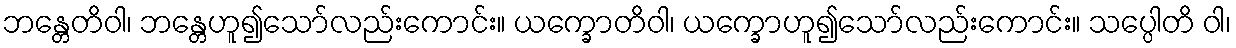
ဘန္တေတိဝါ၊ ဘန္တေဟူ၍သော်လည်းကောင်း။ ယက္ခောတိဝါ၊ ယက္ခောဟူ၍သော်လည်းကောင်း။ သပ္ပေါတိ ဝါ၊